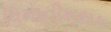
વિમાનીમથક